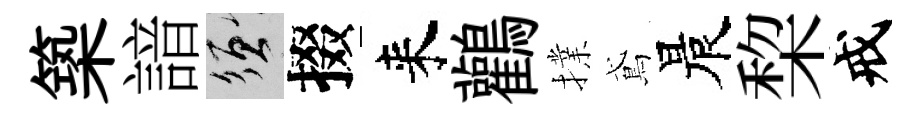
築諳須掇来鸛擈鳶晨棃戒